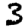
Digit: 3